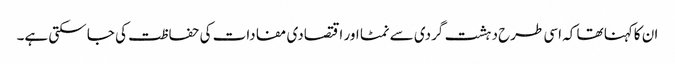
ان کاکہنا تھا کہ اسی طرح دہشت گردی سے نمٹا اور اقتصادی مفادات کی حفاظت کی جا سکتی ہے۔